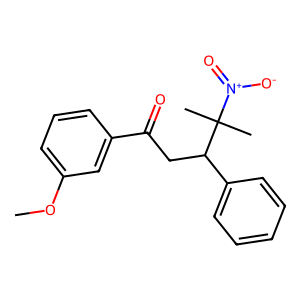
SMILES: COc1cccc(C(=O)CC(c2ccccc2)C(C)(C)[N+](=O)[O-])c1
Inhibits HIV replication: No